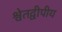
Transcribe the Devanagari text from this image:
श्वेतद्वीपीय